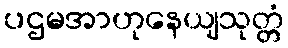
ပဌမအာဟုနေယျသုတ္တံ